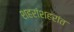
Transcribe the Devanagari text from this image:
शहरांशहरांत